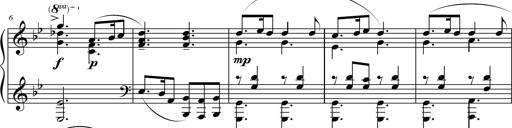
Title: Suite in the Old Style
Composer: Tyler Versluis